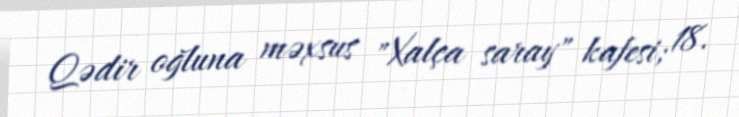
Qədir oğluna məxsus "Xalça saray" kafesi; 18.